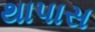
થાપાસ